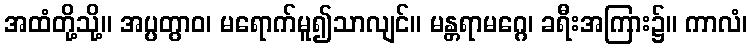
အထံတို့သို့။ အပ္ပတွာဝ၊ မရောက်မူ၍သာလျင်။ မန္တရာမဂ္ဂေ၊ ခရီးအကြား၌။ ကာလံ၊